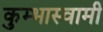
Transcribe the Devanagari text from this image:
कुम्भास्वामी